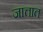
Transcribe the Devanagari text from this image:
जात्तात